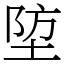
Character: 埅